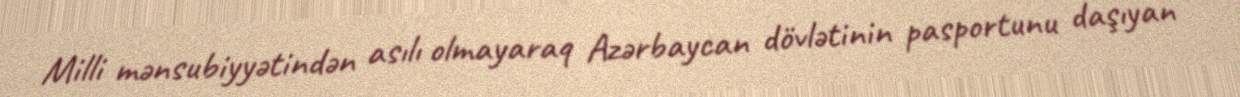
Milli mənsubiyyətindən asılı olmayaraq Azərbaycan dövlətinin pasportunu daşıyan